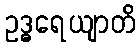
ဥဒ္ဓရေယျာတိ